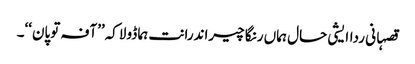
قصہانی رداایشی حال ہماں رنگا چیراندرانت ہما ڈولاکہ’’آفہ توپان‘‘۔